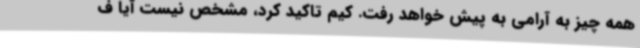
همه چیز به آرامی به پیش خواهد رفت. کیم تاکید کرد، مشخص نیست آیا ف